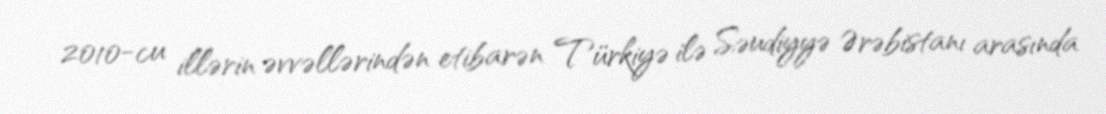
2010-cu illərin əvvəllərindən etibarən Türkiyə ilə Səudiyyə Ərəbistanı arasında